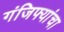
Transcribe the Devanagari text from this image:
गंजिफ्यांचा